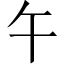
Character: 午